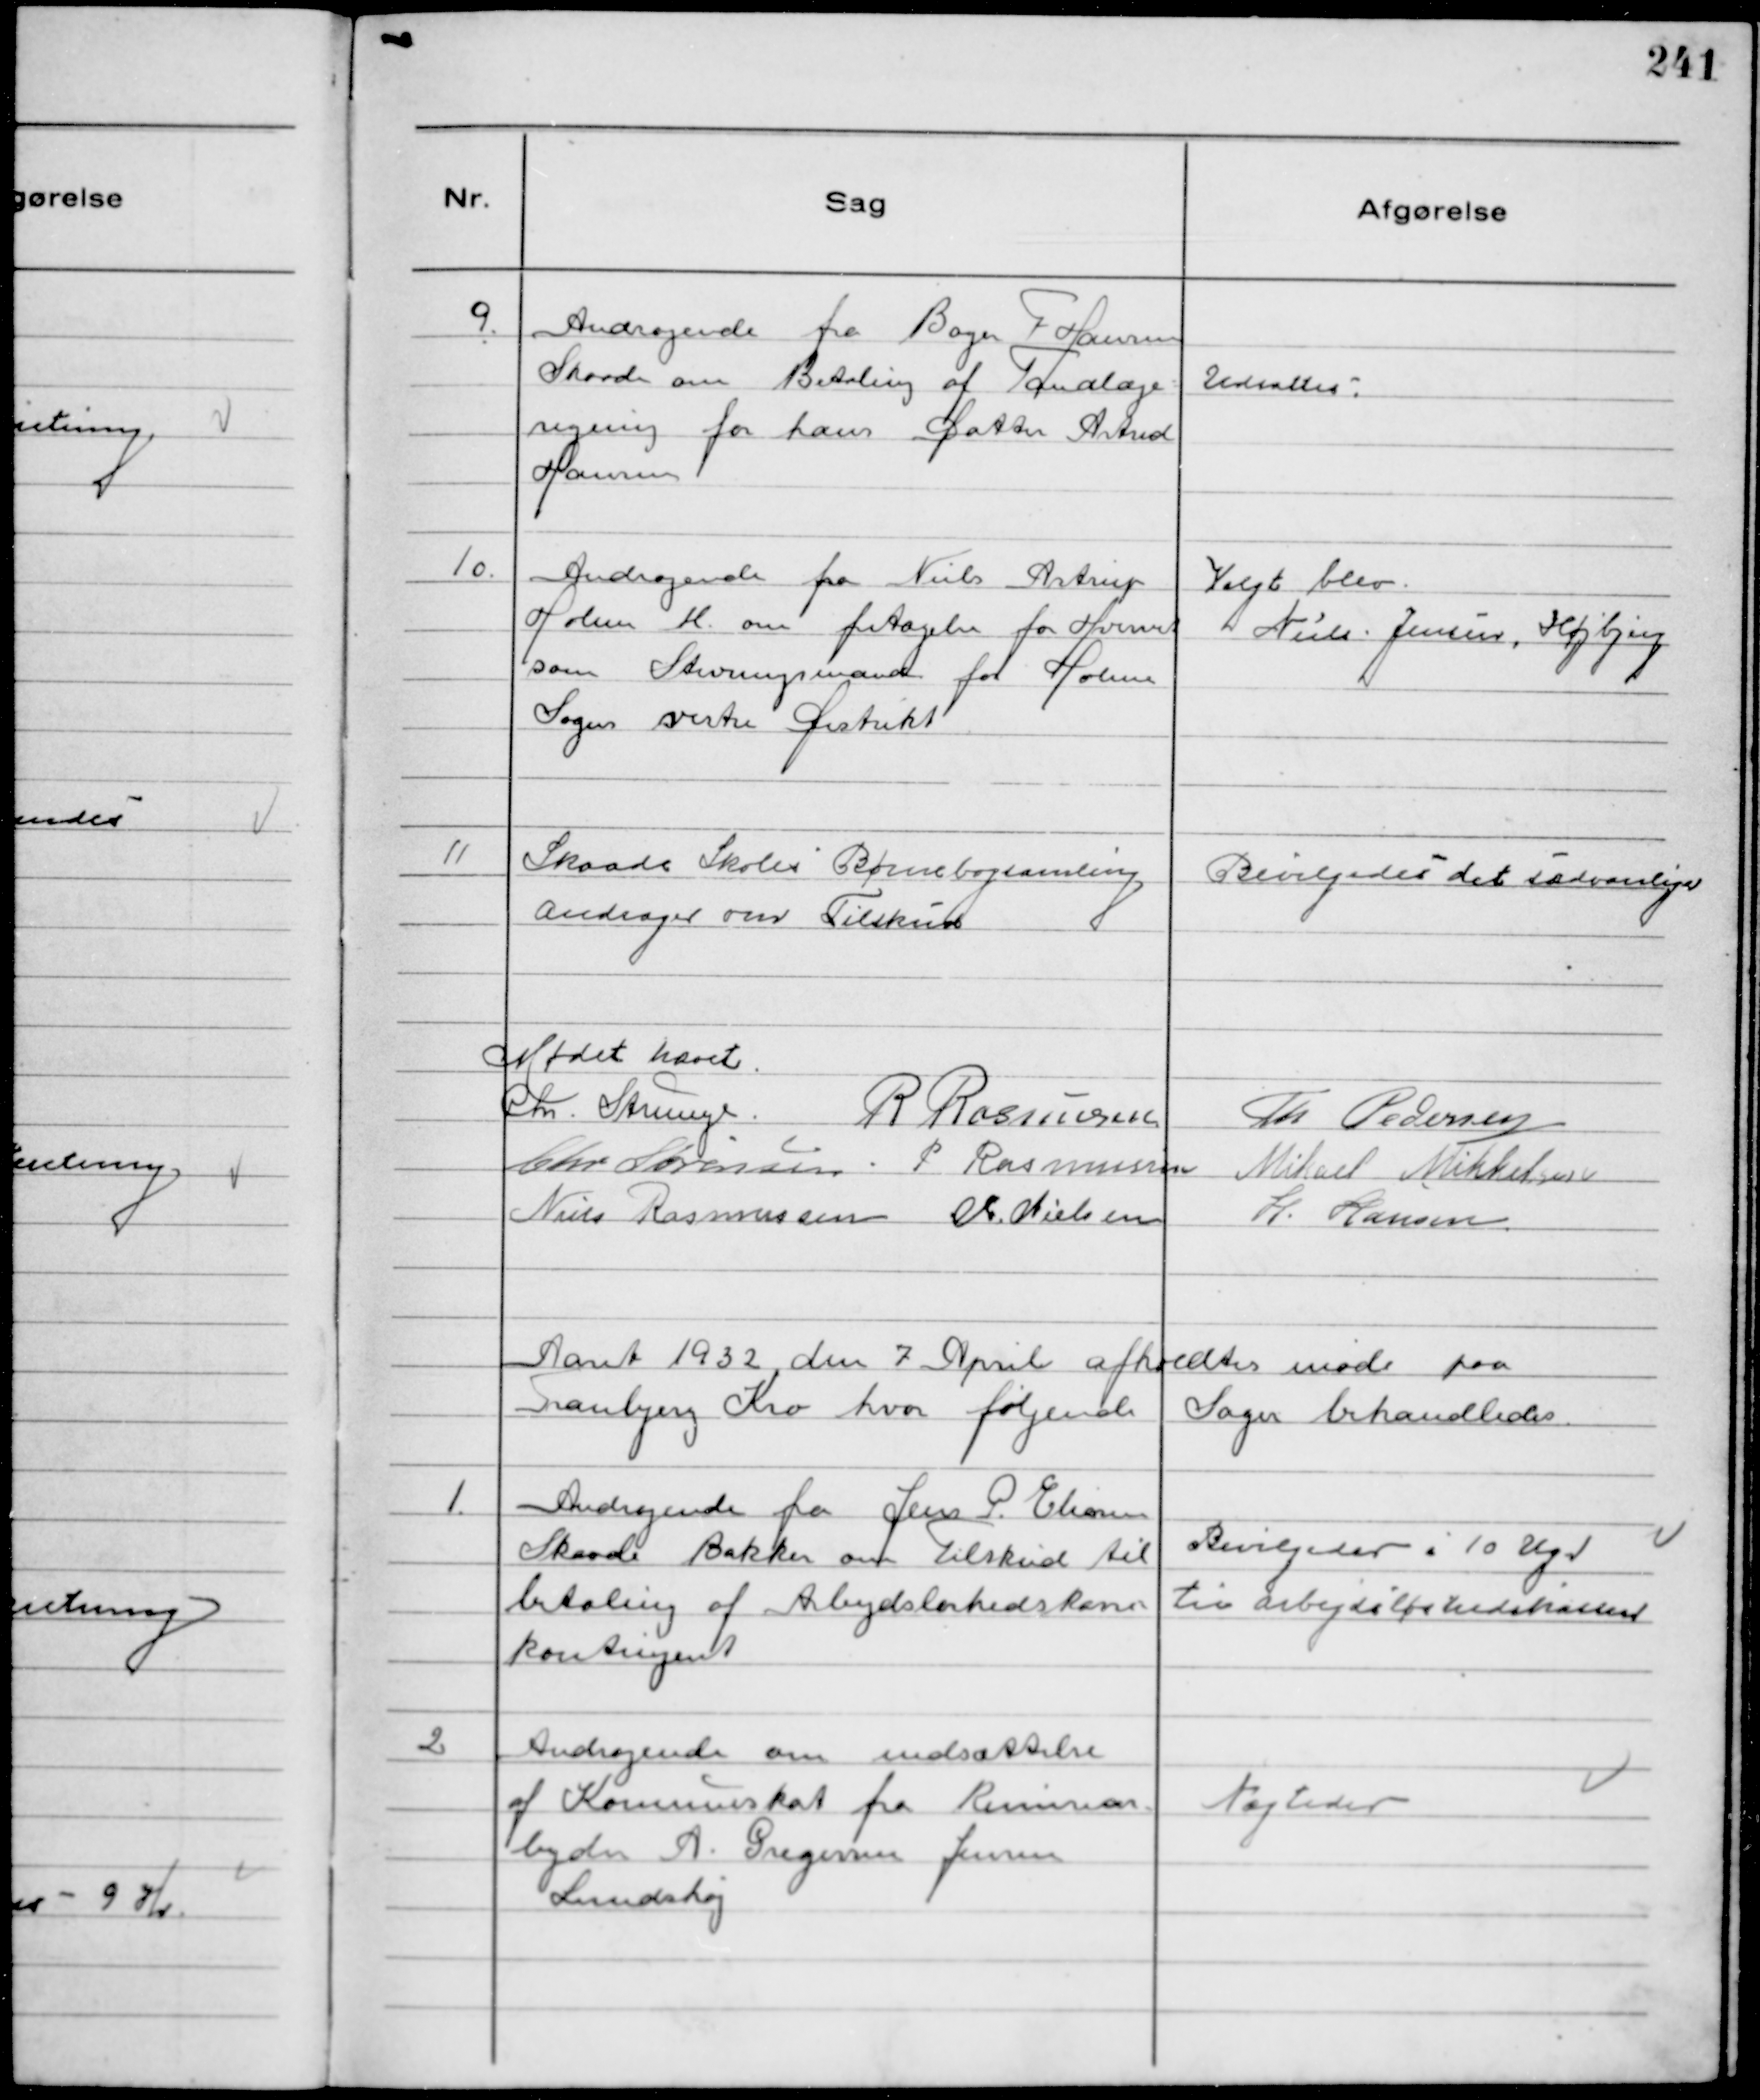
Transskription:
9.
Andragende fra Bager F Hansen
Skaade om Betaling af Tandlæge-
regning for hans Datter Astrid
Hansen

Udsattes

10.
Andragende fra Niels Astrup
Holme M. om fritagelse for Hvervet
som Stevningsmand for Holme
Sogns vestre Distrikt

Valgt blev
Niels Jensen, Højbjerg

11
Skaade Skoles Børnebogsamling
andrager om Tilskud

Bevilgedes det sædvanlige

Mødet hævet
Chr Strunge. R Rasmussen
Th Pedersen
Chr Sørensen P Rasmussen Mikael Mikkelsen
Niels Rasmussen Chr. Nielsen
H. Hansen

Aaret 1932 den 7 April afholdtes møde paa
Tranbjerg Kro hvor følgende Sager behandledes.

1.
Andragende fra Jens P. Eliasen
Skaade Bakker om tilskud til
betaling af Arbejdløshedskasse-
kontingent

Bevilgedes i 10 Uger
til Arbejdsløshedskassen

2
Andragende om udsættelse
af Kommuneskat fra Remisear-
bejder A. Gregersen Jensen
Lundshøj

Nægtedes